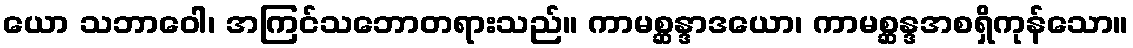
ယော သဘာဝေါ၊ အကြင်သဘောတရားသည်။ ကာမစ္ဆန္ဒာဒယော၊ ကာမစ္ဆန္ဒအစရှိကုန်သော။